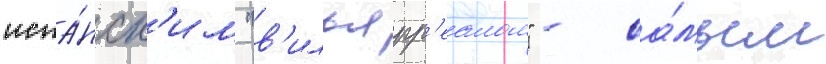
испа́нск'им "в'ильярр'еалом" - са́мым